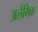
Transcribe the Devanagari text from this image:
अलैगिक